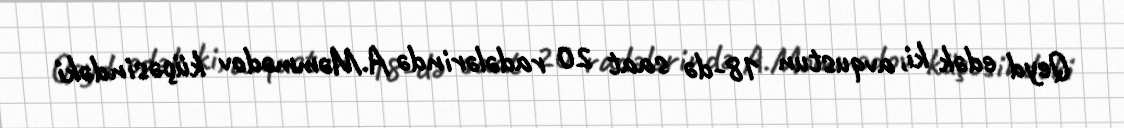
Qeyd edək ki, avqustun 18-də saat 20 radələrində A.Məmmədov küçəsindəki